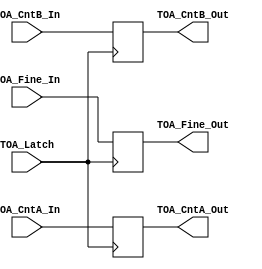
/**
 *
 *
 *  TOT_fineEncoder_core
 *  Encode the fine phase from 21 bits therometer code to 5 bits binary code
 *
 *  History:
 *  2020/05/1 Wei Zhang	 : Create and verified ETROC2 TDC
 **/
`timescale 1ns/1ps

module TOA_Latch(
	input TOA_Latch,						// TOA data latch clock
	input [62:0] TOA_Fine_In,				// TOA fine phase data input 
	input [2:0] TOA_CntA_In,				// TOA ripple counter A data input
	input [2:0] TOA_CntB_In,				// TOA ripple counter B data input
	output reg [62:0] TOA_Fine_Out,			// TOA fine phase data output
	output reg [2:0] TOA_CntA_Out,			// TOA ripple counter A data output
	output reg [2:0] TOA_CntB_Out			// TOA ripple counter B data output
);

always @(posedge TOA_Latch)
begin
	TOA_Fine_Out <= TOA_Fine_In;
	TOA_CntA_Out <= TOA_CntA_In;
	TOA_CntB_Out <= TOA_CntB_In;
end

endmodule